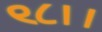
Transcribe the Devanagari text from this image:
९८।।